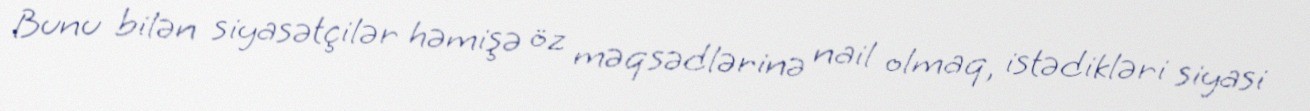
Bunu bilən siyasətçilər həmişə öz məqsədlərinə nail olmaq, istədikləri siyasi